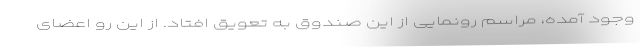
وجود آمده، مراسم رونمایی از این صندوق به تعویق افتاد. از این رو اعضای